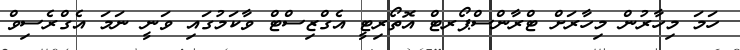
ހަމަ މިހާރުން މިހާރަށް ޓްރާންސްޕޯރޓް އޮތޯރިޓީ އެގްޒިސްޓް ވާކަމުގައި ވަނީ ނަމަ އެގްރެސިވް